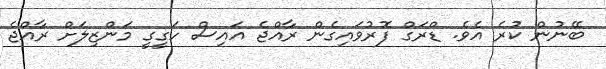
ބޭނުން ކުރެ އެވެ. ޑްރަގް ފޮރުވައިގެން ރާއްޖެ އައިސް ހަގީގީ މަންޒިލަށް ރާއްޖެ